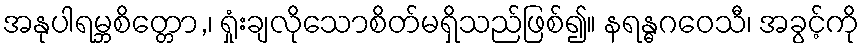
အနုပါရမ္ဘစိတ္တော,၊ ရှုံးချလိုသောစိတ်မရှိသည်ဖြစ်၍။ နရန္ဓဂဝေသီ၊ အခွင့်ကို